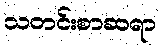
သတင်းစာဆရာ